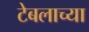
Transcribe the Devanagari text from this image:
टेबलाच्या